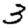
Digit: 3